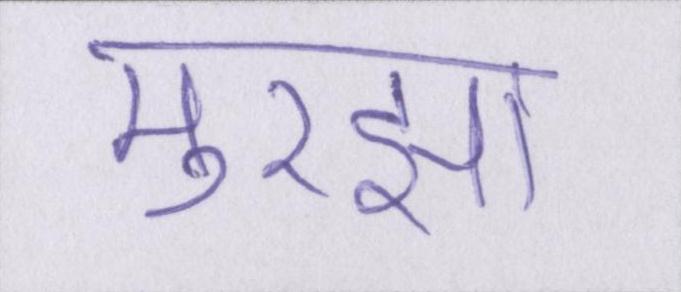
मुरझा